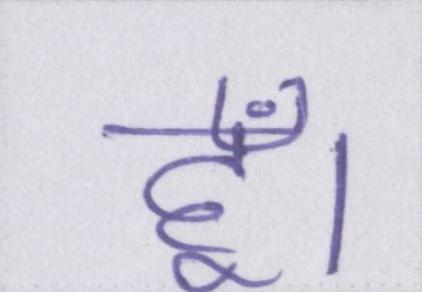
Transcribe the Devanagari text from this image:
हूँ।